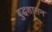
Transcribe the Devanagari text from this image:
बुद्धशासन